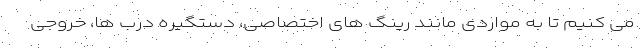
می کنیم تا به مواردی مانند رینگ های اختصاصی، دستگیره درب ها، خروجی